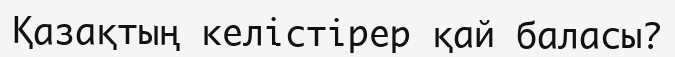
Қазақтың келістірер қай баласы?